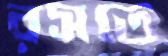
রসতে